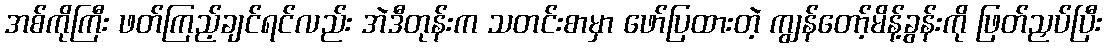
အစ်ကိုကြီး ဖတ်ကြည့်ချင်ရင်လည်း အဲဒီတုန်းက သတင်းစာမှာ ဖော်ပြထားတဲ့ ကျွန်တော့်မိန့်ခွန်းကို ဖြတ်ညှပ်ပြီး